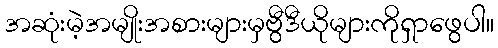
အဆုံးမဲ့အမျိုးအစားများမှဗွီဒီယိုများကိုရှာဖွေပါ။